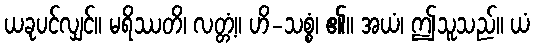
ယခုပင်လျှင်။ မရိဿတိ၊ လတ္တံ့။ ဟိ-သစ္စံ၊ ၏။ အယံ၊ ဤသူသည်။ ယံ